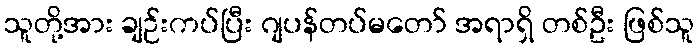
သူတို့အား ချဉ်းကပ်ပြီး ဂျပန်တပ်မတော် အရာရှိ တစ်ဦး ဖြစ်သူ